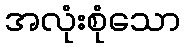
အလုံးစုံသော